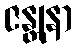
ဇန္တုနာ